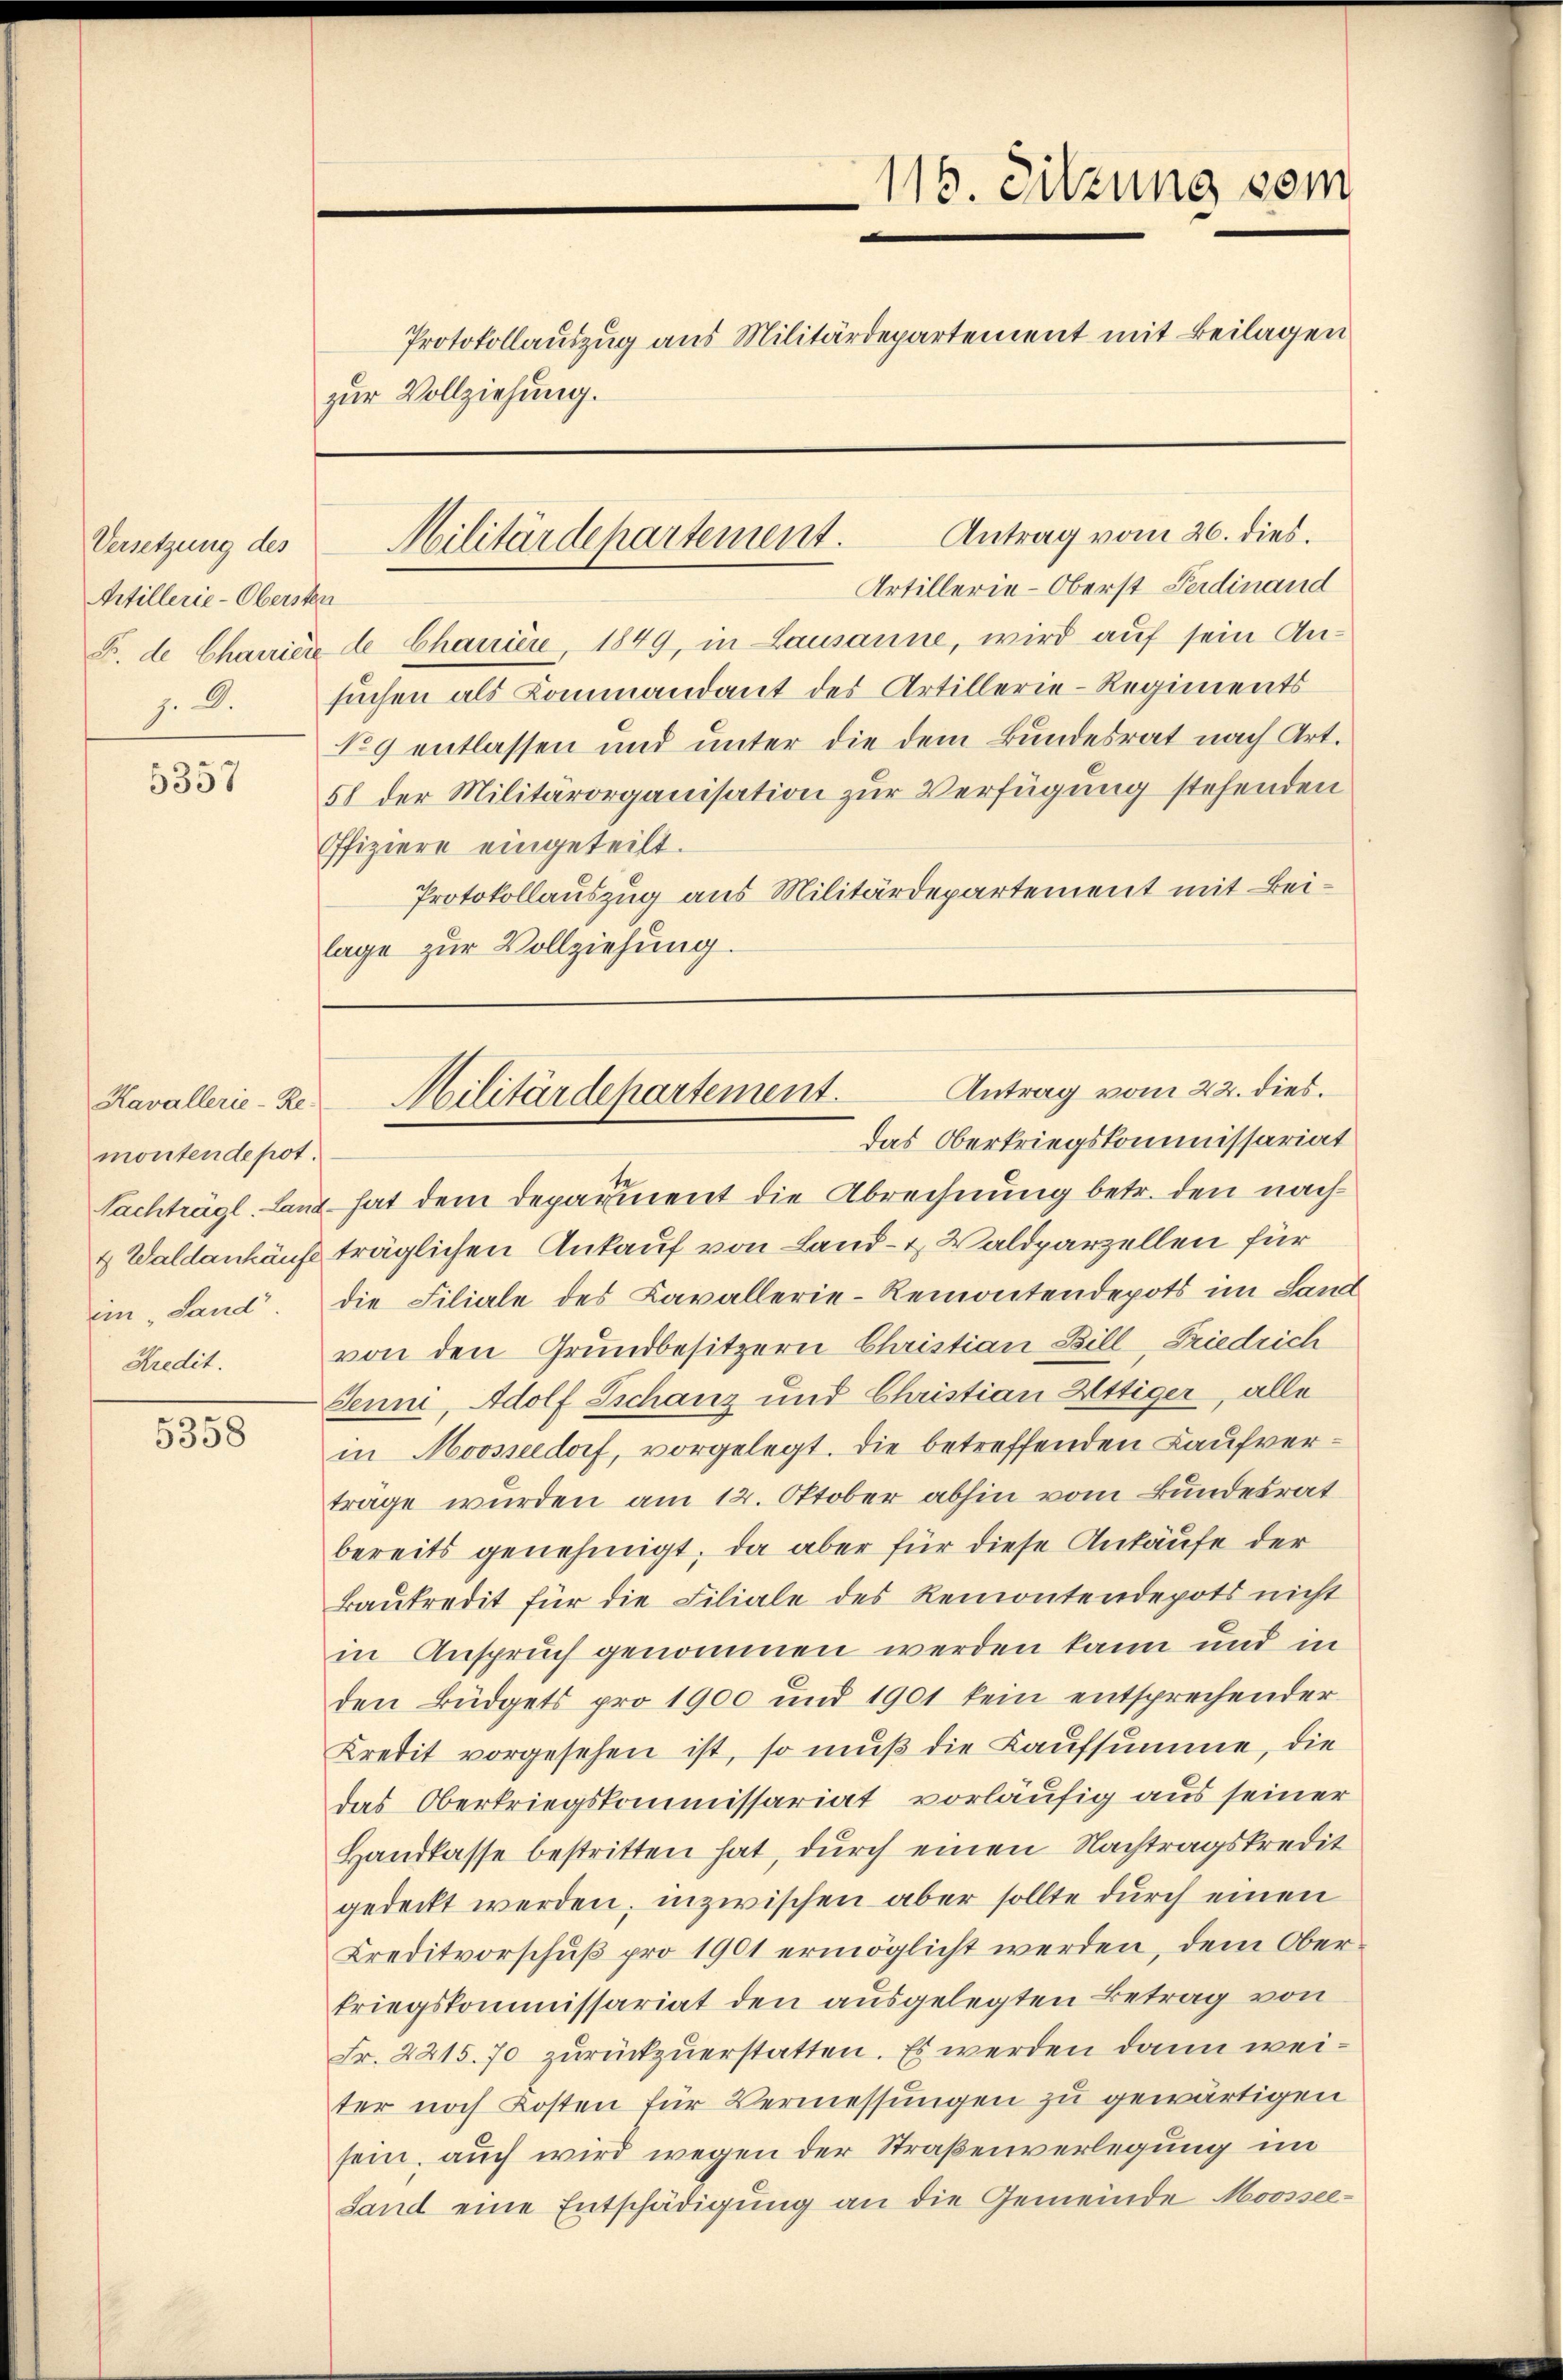
Versetzung des
Artillerie-Obersten
j. D.

5357

Kavallerie-Re-
montende pot.

5358

116. Sitzung vom
Protokollauszug aus Militärdepartement mit Beilagen
zur Vollziehung.

Antrag vom 26. dies.
Militärdepartement.
Artillerie-Oberst Ferdinand

E. de Charriere de Chanier, 1849, in Lausanne, wird auf sein Ansuchen als Commandant des Artillerie-Regiments
No9 entlassen und unter die dem Bundesrat nach Art.
58 der Militärorganisation zur Verfügung stehenden
Ofiziere eingeteilt.
Protokollauszug aus Militärdepartement mit Beilage zur Vollziehung.

Nachträgl. Land hat dem Deparient die Abrechnung betr. den nach¬
4 Waldankäuf träglichen Ankauf von Land- & Waldparzellen für
im Land. Die Filiale des Cavallerie-Remontendepots im Land
Kredit. von den Grundbesitzern Christian Bill, Friedrich
Jenni, Adolf Schanz und Christian Uttiger, alle
in Moosseedorf, vorgelegt. Die betreffenden Kaufvertrage wurden am 12. Oktober abhin vom Bundesrat
bereits genehmigt; da aber für diese Ankäufe der
Baukredit für die Filiale des Remontendepots nicht
in Anspruch genommen werden kann und in
den Büdgets pro 1900 und 1901 kein entsprechender
Kredit vorgesehen ist, so muß die Kaufsumme, die
das Oberkriegskommissariat vorläufig aus seiner
Handkasse bestritten hat, dŭrch einen Nachtragskredit
gedeckt werden; inzwischen aber sollte durch einen
Creditvorschuß pro 1901 ermöglicht werden, dem Oberkriegskommissariat den ausgelegten Betrag von
Fr. 2215. 70 zurückzuerstatten. Es werden dann weiter noch Kosten für Vermessungen zu gewärtigen
sein, auch wird wegen der Straßenverlegung im
Sand eine Entschädigung an die Gemeinde Moossee-

Antrag vom 22. dies.
Militärdepartement.
das Oberkriegskommissariat